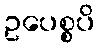
ဥပေစ္စပိ